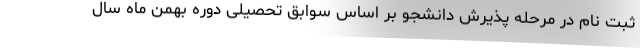
ثبت نام در مرحله پذیرش دانشجو بر اساس سوابق تحصیلی دوره بهمن ماه سال